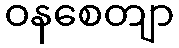
ဝနစေတျာ